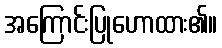
အကြောင်းပြုဟောထား၏။